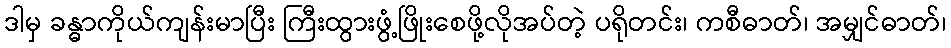
ဒါမှ ခန္ဓာကိုယ်ကျန်းမာပြီး ကြီးထွားဖွံ့ဖြိုးစေဖို့လိုအပ်တဲ့ ပရိုတင်း၊ ကစီဓာတ်၊ အမျှင်ဓာတ်၊